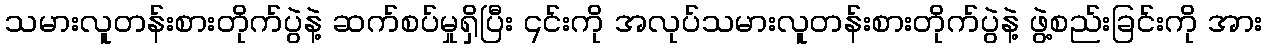
သမားလူတန်းစားတိုက်ပွဲနဲ့ ဆက်စပ်မှုရှိပြီး ၎င်းကို အလုပ်သမားလူတန်းစားတိုက်ပွဲနဲ့ ဖွဲ့စည်းခြင်းကို အား